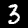
Label: 3